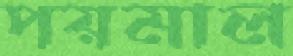
পয়মাল